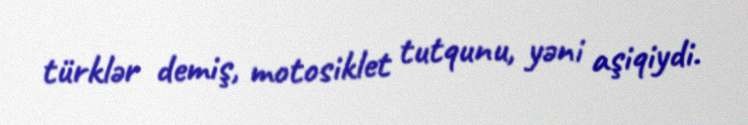
türklər demiş, motosiklet tutqunu, yəni aşiqiydi.